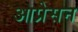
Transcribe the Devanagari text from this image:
आप्रेसन